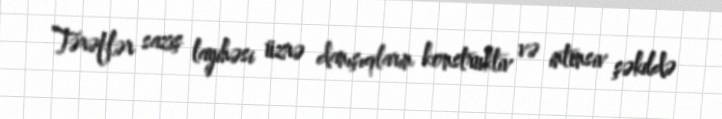
Tərəflər saziş layihəsi üzrə danışıqların konstruktiv və intensiv şəkildə